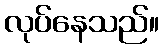
လုပ်နေသည်။